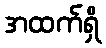
အထက်ရှိ